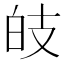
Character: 𤽑